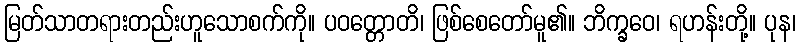
မြတ်သာတရားတည်းဟူသောစက်ကို။ ပဝတ္တောတိ၊ ဖြစ်စေတော်မူ၏။ ဘိက္ခဝေ၊ ရဟန်းတို့။ ပုန၊